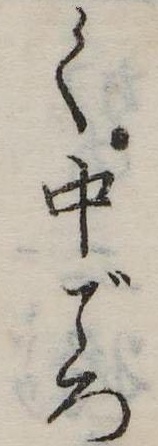
く中ごろ